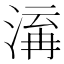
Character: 𭱋